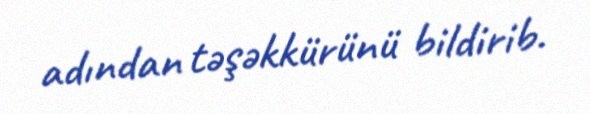
adından təşəkkürünü bildirib.